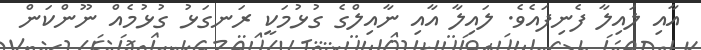
އާއި ލައިލާ ފެނިފައެވެ. ލައިލާ އާއި ނާއިލްގެ ގުޅުމަކީ ރަނގަޅު ގުޅުމެއް ނޫންކަން